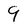
Character: 9